Annual vaccination report of Bihar and Orissa - 1911-1928
Year: 1911
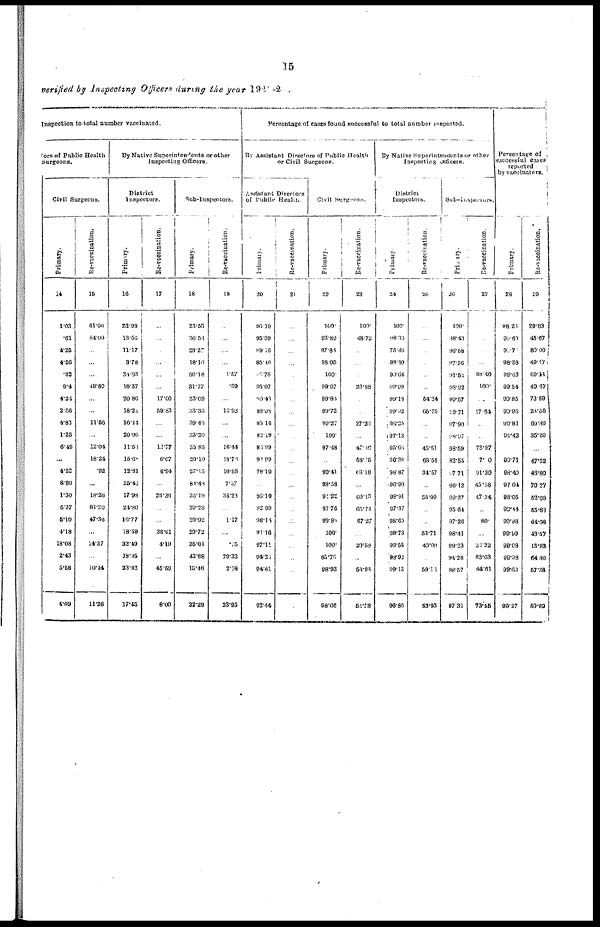
15
verified by Inspecting Officers during the year 1922-23.
Inspection to total number vaccinated.
tors of Public Health
Surgeons.
Civil Surgeons.
Primary.
14
1.03
.61
4.25
4.66
.92
9.4
4.24
2.56
4.83
1.25
6.49
...
4.22
8.90
1.30
6.37
5.10
4.18
18.08
2.43
5.58
4.09
Re-vaccination.
15
61.65
84.00
...
...
...
49.80
...
...
11.56
...
12.04
18.24
.92
...
18.26
81.20
47.36
...
14.27
...
10.44
11.26
By Native Superintendents or other
Inspecting Officers.
District
Inspectors.
Primary.
16
22.98
13.56
11.17
3.78
34.03
16.37
20.80
18.22
16.44
20.96
11.53
15.68
12.81
25.46
17.98
24.80
16.77
18.69
32.49
18.95
23.83
17.45
Re-vaccination.
17
...
...
...
...
...
...
17.60
59.83
...
...
12.77
6.07
6.94
...
28.36
...
...
36.01
4.10
...
45.59
8.00
Sub-Inspectors.
Primary.
18
25.55
36.53
28.27
18.10
56.18
31.77
33.09
33.36
39.45
33.20
35.85
20.10
27.15
88.48
36.19
29.28
29.92
29.72
35.01
43.88
16.46
32.29
Re-vaccination.
19
...
...
...
...
1.57
.39
...
13.93
...
...
16.44
18.78
10.53
7.57
35.23
...
1.17
...
.75
79.33
2.18
23.95
Percentage of cases found successful to total number inspected.
By Assistant Directors of Public Health
or Civil Surgeons.
Assistant Directors
of Public Health.
Primary.
20
96.10
95.09
89.16
85.40
16.78
95.07
90.43
83.08
85.14
82.19
86.99
92.99
78.19
...
95.10
92.90
98.14
91.16
97.11
94.23
94.81
92.44
Re-vaccination.
21
...
...
...
...
100.
...
...
...
...
...
...
...
...
...
...
...
...
...
...
...
...
...
Civil Surgeons.
Primary.
22
100.
93.89
97.88
98.05
100.
99.97
99.84
99.72
90.27
100.
97.48
...
99.41
93.58
95.22
97.76
99.83
100.
100.
85.75
98.93
98.66
Re-vaccination.
23
100.
48.72
...
...
...
23.88
...
...
27.20
...
47.48
53.15
63.18
...
60.13
65.74
67.27
...
20.58
...
56.93
52.58
By Native Superintendents or other
Inspecting Officers.
District
Inspectors.
Primary
24
100.
98.33
75.86
98.30
90.64
99.09
99.18
99.92
98.25
97.13
95.66
90.38
98.87
96.90
98.91
97.37
98.60
98.73
99.55
98.92
99.13
96.86
Re-vaccination.
25
...
...
...
...
...
...
54.24
65.75
...
...
45.61
68.54
34.57
...
55.09
...
...
53.71
40.00
...
59.11
53.93
Sub-Inspectors.
Primary.
26
100.
98.43
96.58
97.56
91.52
98.92
99.57
99.71
97.90
98.97
98.59
82.55
97.71
96.12
99.37
95.64
97.26
98.41
99.23
94.28
99.57
97.31
Re-vaccination.
27
...
...
...
...
88.46
100.
...
17.64
...
...
78.97
7.10
91.30
45.16
47.34
...
80.
...
22.22
83.03
84.61
73.55
Percentage of
successful cases
reported
by vaccinators.
Primary.
28
98.23
99.69
90.71
98.38
99.63
99.54
99.85
99.95
99.83
99.43
...
99.71
93.40
97.04
98.05
99.44
99.98
99.99
99.08
99.98
99.60
99.27
Re-vaccination.
29
29.83
45.67
80.00
49.37
69.11
40.67
73.59
26.69
60.39
35.20
...
47.52
46.80
70.27
52.08
55.63
44.08
43.57
13.93
64.80
57.36
50.89